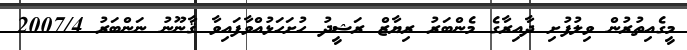
މީގެއިތުރުން ވިލުފުށި ދާއިރާގެ މެންބަރު ރިޔާޒް ރަޝީދު ހުށަހަޅުއްވާފައިވާ ޤާނޫނު ނަންބަރު 2007/4